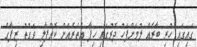
ގައިގައި ހުރި ބާރެއް ލުމަށްފަހު ދޮރުގައި ހިފާ އެތެރެއަށް ކޮއްޕާލި ވަގުތު ޒިފާގެ